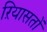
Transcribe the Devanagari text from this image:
ऱियासतों